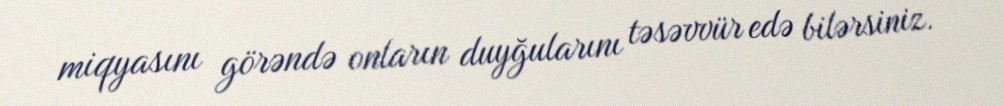
miqyasını görəndə onların duyğularını təsəvvür edə bilərsiniz.